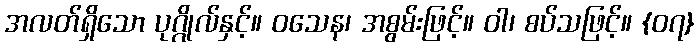
အလတ်ရှိသော ပုဂ္ဂိုလ်နှင့်။ ဝသေန၊ အစွမ်းဖြင့်။ ဝါ၊ စပ်သဖြင့်။ {၀၇}